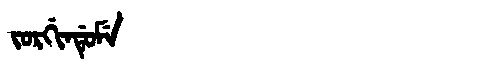
Manchu: ᠵᠣᡵᡤᡳᠨᡩᡠᠮᡝ
Romanization: JORGINDUME